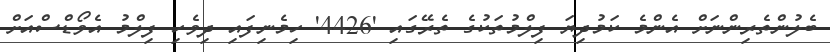
ބެލުންތެރިންނަށް އެންމެ ކަމުދިޔަ ފިލްމުތަކުގެ ތެރޭގައި '4426' ހިމެނިފައި ދިވެހި ފިލްމު އެވޯޑްސްއަށް